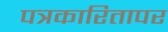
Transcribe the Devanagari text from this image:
पत्रकारितापर